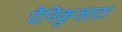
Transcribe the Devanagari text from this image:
पैनिकुलाटा